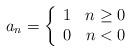
LaTeX: \begin{align*}a_n = \left\{ \begin{array}{lr} 1&n \ge 0 \\ 0 & n < 0 \end{array} \right.\end{align*}